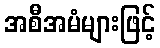
အစီအမံများဖြင့်